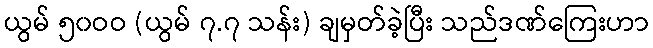
ယွမ် ၅၀ဝဝ (ယွမ် ၇.၇ သန်း) ချမှတ်ခဲ့ပြီး သည်ဒဏ်ကြေးဟာ